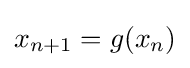
{\textstyle x_{n+1}=g(x_{n})}